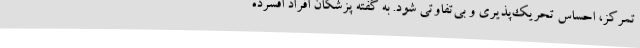
تمرکز، احساس تحریک‌پذیری و بی‌تفاوتی شود. به گفته پزشکان افراد افسرده